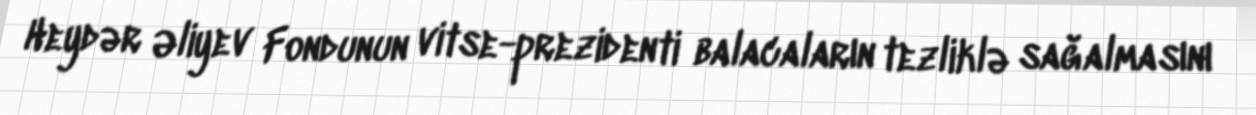
Heydər Əliyev Fondunun vitse-prezidenti balacaların tezliklə sağalmasını